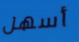
أسهل